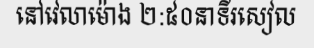
នៅវេលាម៉ោង ២:៥០នាទីរសៀល